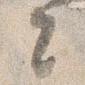
々